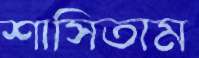
শাসিতাম